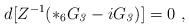
LaTeX: \begin{align*}d [ Z^{-1} ( *_6 G_{\it 3} - i G_{\it 3})] = 0\ , \end{align*}